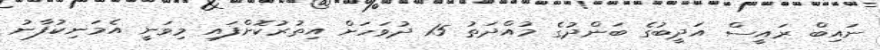
ނައިބް ރައީސް އަދީބުގެ ބަންދުގެ މުއްދަތު 15 ދުވަހަށް އިތުރުކޮށްފައި މިވަނީ އެމަނިކުފާނު